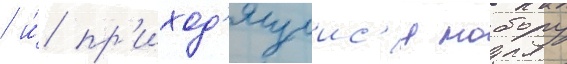
/ и́ пр'иход'ящиис'я нобору